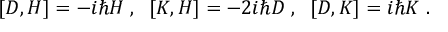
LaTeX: [ D , H ] = - i \hbar H \; , \; \; [ K , H ] = - 2 i \hbar D \; , \; \; [ D , K ] = i \hbar K \; .